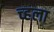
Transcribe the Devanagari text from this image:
च्हला